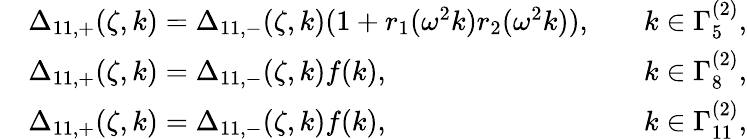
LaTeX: \begin{array}{rlrl}&{\Delta_{11,+}(\zeta,k)=\Delta_{11,-}(\zeta,k)(1+r_{1}(\omega^{2}k)r_{2}(\omega^{2}k)),}&&{k\in\Gamma_{5}^{(2)},}\\ &{\Delta_{11,+}(\zeta,k)=\Delta_{11,-}(\zeta,k)f(k),}&&{k\in\Gamma_{8}^{(2)},}\\ &{\Delta_{11,+}(\zeta,k)=\Delta_{11,-}(\zeta,k)f(k),}&&{k\in\Gamma_{11}^{(2)},}\end{array}